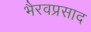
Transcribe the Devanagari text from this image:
भैरवप्रसाद